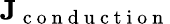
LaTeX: \mathbf{J}_{\mathrm{~c~o~n~d~u~c~t~i~o~n~}}